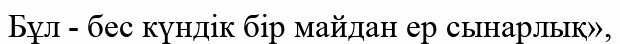
Бұл - бес күндік бір майдан ер сынарлық»,